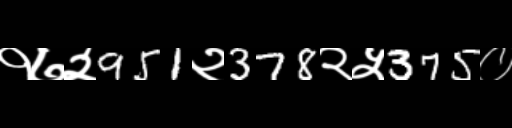
Text: १७२951२378२५375०